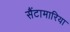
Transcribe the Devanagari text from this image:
सैंटामारिया